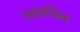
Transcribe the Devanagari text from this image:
स्वपनिल